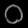
Digit: ၀